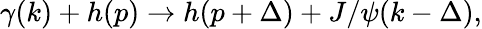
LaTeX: \gamma(k)+h(p)\to h(p+\Delta)+J/\psi(k-\Delta),